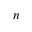
n